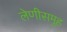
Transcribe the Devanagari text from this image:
लेणीसमुह